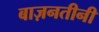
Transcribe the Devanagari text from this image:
बाज़नतीनी